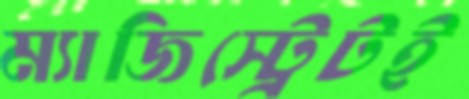
ম্যাজিস্ট্রেটই